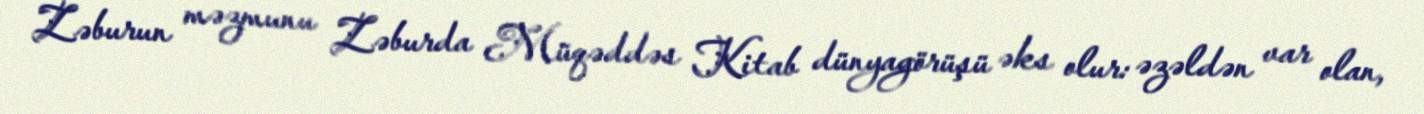
Zəburun məzmunu Zəburda Müqəddəs Kitab dünyagörüşü əks olur: əzəldən var olan,